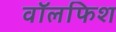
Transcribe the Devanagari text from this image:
वॉलफिश